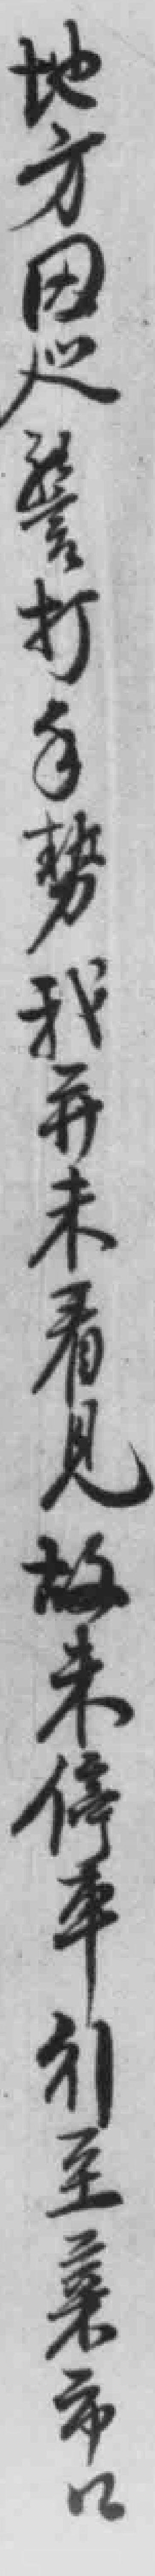
地方因巡警打手勢我并未看見故未停車引至菜市口